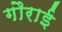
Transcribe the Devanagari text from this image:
गौराई